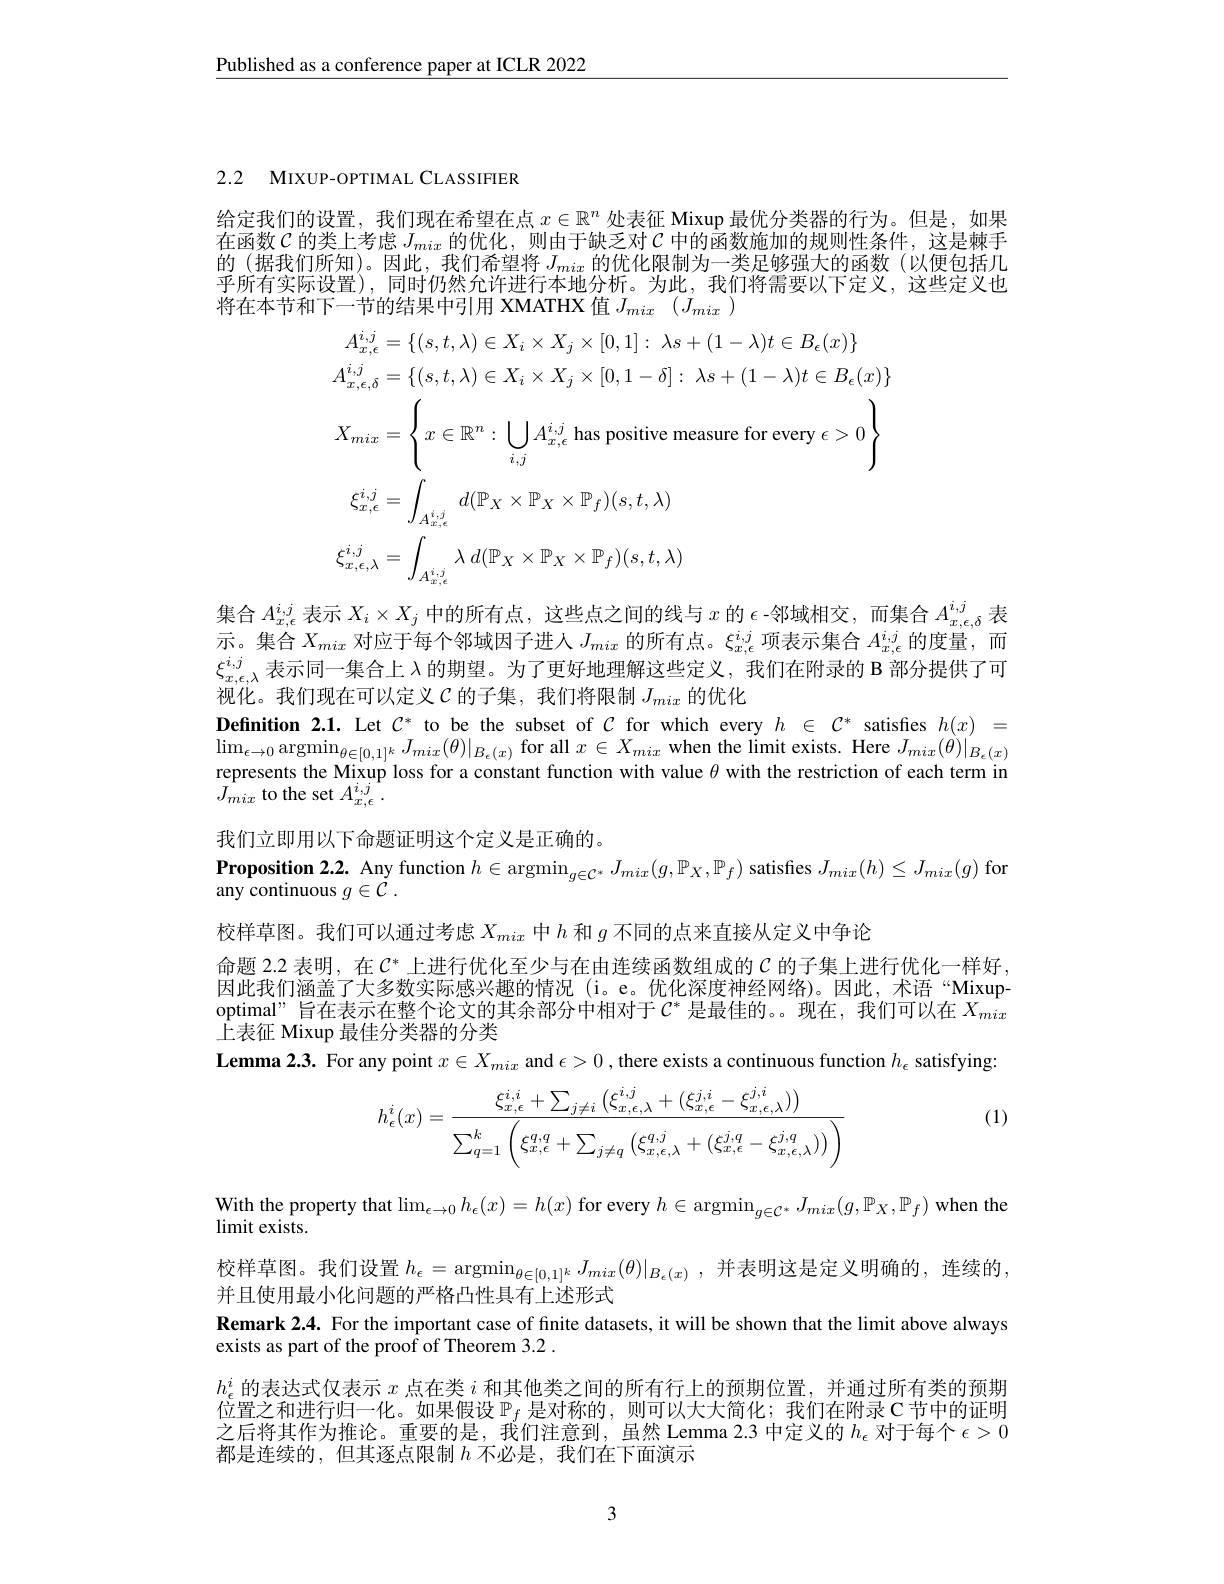
$\underline{\text{Published as a conference paper at ICLR 2022}}$

2.2 MIXUP-OPTIMAL CLASSIFIER

给定我们的设置，我们现在希望在点$x\in\mathbb{R}^n$处表征 Mixup 最优分类器的行为。但是，如果在函数$\mathcal{C}$的类上考虑$J_mix$的优化，则由于缺乏对$\mathcal{C}$中的函数施加的规则性条件，这是棘手的 (据我们所知)。因此，我们希望将$J_mix$的优化限制为一类足够强大的函数(以便包括几乎所有实际设置),同时仍然允许进行本地分析。为此，我们将需要以下定义，这些定义也将在本节和下一节的结果中引用 XMATHX 值$J_{mix}(J_{mix})$
$$\begin{aligned}&A_{x,\epsilon}^{i,j}=\{(s,t,\lambda)\in X_{i}\times X_{j}\times[0,1]:\:\lambda s+(1-\lambda)t\in B_{\epsilon}(x)\}\\&A_{x,\epsilon,\delta}^{i,j}=\{(s,t,\lambda)\in X_{i}\times X_{j}\times[0,1-\delta]:\:\lambda s+(1-\lambda)t\in B_{\epsilon}(x)\}\\&X_{mix}=\left\{x\in\mathbb{R}^{n}:\:\bigcup_{i,j}A_{x,\epsilon}^{i,j}\text{ has positive measure for every }\epsilon>0\right\}\\&\xi_{x,\epsilon}^{i,j}=\int_{A_{x,\epsilon}^{i,j}}d(\mathbb{P}_{X}\times\mathbb{P}_{X}\times\mathbb{P}_{f})(s,t,\lambda)\\&\xi_{x,\epsilon,\lambda}^{i,j}=\int_{A_{x,\epsilon}^{i,j}}\lambda\:d(\mathbb{P}_{X}\times\mathbb{P}_{X}\times\mathbb{P}_{f})(s,t,\lambda)\end{aligned}$$
集合$A_{x,\epsilon}^{i,j}$表示$X_i\times X_j$中的所有点，这些点之间的线与$x$的$\epsilon$ -邻域相交，而集合$A_x,\epsilon,\delta^{i,j}$表示。集合$X_mix$对应于每个邻域因子进入$J_mix$的所有点。$\xi_x,\epsilon^{i,j}$项表示集合$A_x,\epsilon^{i,j}$的度量，而$\xi_{x,\epsilon,\lambda}^{i,j}$表示同一集合上$\lambda$的期望。为了更好地理解这些定义，我们在附录的 B 部分提供了可视化。我们现在可以定义$\mathcal{C}$的子集，我们将限制$J_mix$的优化
Definition 2.1. Let $C^*$ to be the subset of $C$ for which every $h\in C^*$ satisfies $h(x)=$ $\lim_{\epsilon\to0}\operatorname*{argmin}_{\theta\in[0,1]^k}J_{mix}(\theta)|_{B_{\epsilon}(x)}$for all $x\in X_mix$ when the limit exists. Here $J_mix(\theta)|_{B_{\epsilon}(x)}$ represents the Mixup loss for a constant function with value $\theta$ with the restriction of each term in $\tilde{J_{mix}}$ to the set $A_x,\epsilon^{i,j}.$
我们立即用以下命题证明这个定义是正确的。
Proposition 2.2. Any function $h\in\operatorname{argmin}_{g\in\mathcal{C}^*}J_{mix}(g,\mathbb{P}_X,\mathbb{P}_f)$ satisfies $J_mix(h)\leq J_{mix}(g)$ for
any continuous $g\in {\dot{C} }$ .
校样草图。我们可以通过考虑$X_{mix}$中$h$和$g$不同的点来直接从定义中争论
命题 2.2 表明，在$C^*$上进行优化至少与在由连续函数组成的$\mathcal{C}$的子集上进行优化一样好， 因此我们涵盖了大多数实际感兴趣的情况 (i。e。优化深度神经网络)。因此，术语“Mixupoptimal" 旨在表示在整个论文的其余部分中相对于$\mathcal{C}^*$是最佳的。。现在，我们可以在$X_mix$ 上表征 Mixup 最佳分类器的分类
Lemma 2.3. For any point $x\in X_{mix}$ and $\epsilon>0$ ,there exists a continuous function $h_\epsilon$ satisfying:

(1)
$$h_{\epsilon}^{i}(x)=\frac{\xi_{x,\epsilon}^{i,i}+\sum_{j\neq i}\left(\xi_{x,\epsilon,\lambda}^{i,j}+(\xi_{x,\epsilon}^{j,i}-\xi_{x,\epsilon,\lambda}^{j,i})\right)}{\sum_{q=1}^{k}\left(\xi_{x,\epsilon}^{q,q}+\sum_{j\neq q}\left(\xi_{x,\epsilon,\lambda}^{q,j}+(\xi_{x,\epsilon}^{j,q}-\xi_{x,\epsilon,\lambda}^{j,q})\right)\right)}$$
With the property that $\lim_\epsilon\to0h_\epsilon(x)=h(x)$ for every $h\in\operatorname{argmin}_g\in\mathcal{C}^*J_{mix}(g,\mathbb{P}_X,\mathbb{P}_f)$ when the
$\operatorname*{limit}$exists.
校样草图。我们设置$h_\epsilon=\operatorname*{argmin}_{\theta\in[0,1]^k}J_{mix}(\theta)|_{B_\epsilon(x)}$,并表明这是定义明确的，连续的，
并且使用最小化问题的严格凸性具有上述形式
Remark 2.4. For the important case of finite datasets, it will be shown that the limit above always
exists as part of the proof of Theorem 3.2 .
$h_\epsilon^i$的表达式仅表示$x$点在类$i$和其他类之间的所有行上的预期位置，并通过所有类的预期位置之和进行归一化。如果假设$\mathbb{P}_f$是对称的，则可以大大简化；我们在附录 C 节中的证明之后将其作为推论。重要的是，我们注意到，虽然 Lemma 2.3 中定义的$h_\epsilon$对于每个$\epsilon>0$ 都是连续的，但其逐点限制$h$不必是，我们在下面演示

3